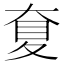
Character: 𡙋